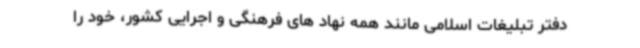
دفتر تبلیغات اسلامی مانند همه نهاد های فرهنگی و اجرایی کشور، خود را